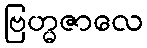
ဗြဟ္မဇာလေ